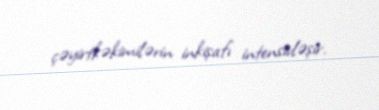
çəyirtkəkimilərin inkişafı intensivləşir.